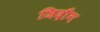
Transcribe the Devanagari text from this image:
जिदौंग